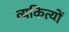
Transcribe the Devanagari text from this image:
व्यकित्यों